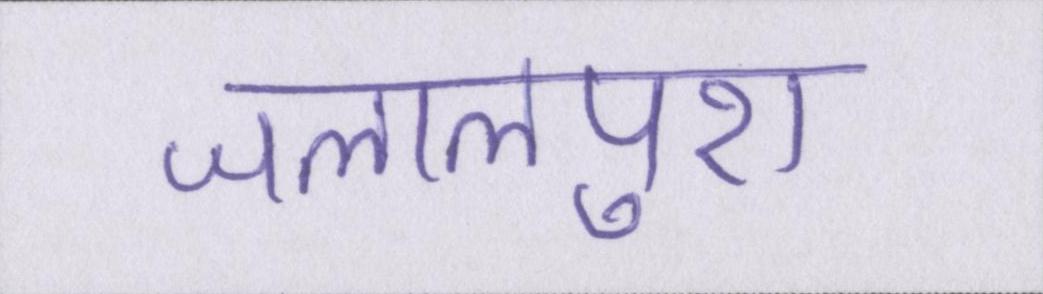
जलालपुरा